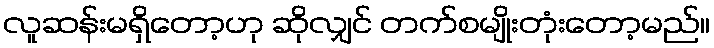
လူဆန်းမရှိတော့ဟု ဆိုလျှင် တက်စမျိုးတုံးတော့မည်။